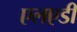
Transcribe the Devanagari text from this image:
एलएडी